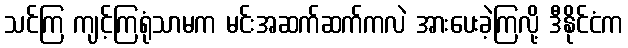
သင်ကြ ကျင့်ကြရုံသာမက မင်းအဆက်ဆက်ကလဲ အားပေးခဲ့ကြလို့ ဒီနိုင်ငံက